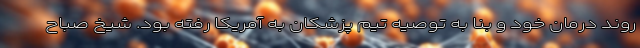
روند درمان خود و بنا به توصیه تیم پزشکان به آمریکا رفته بود. شیخ صباح